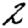
Digit: 2